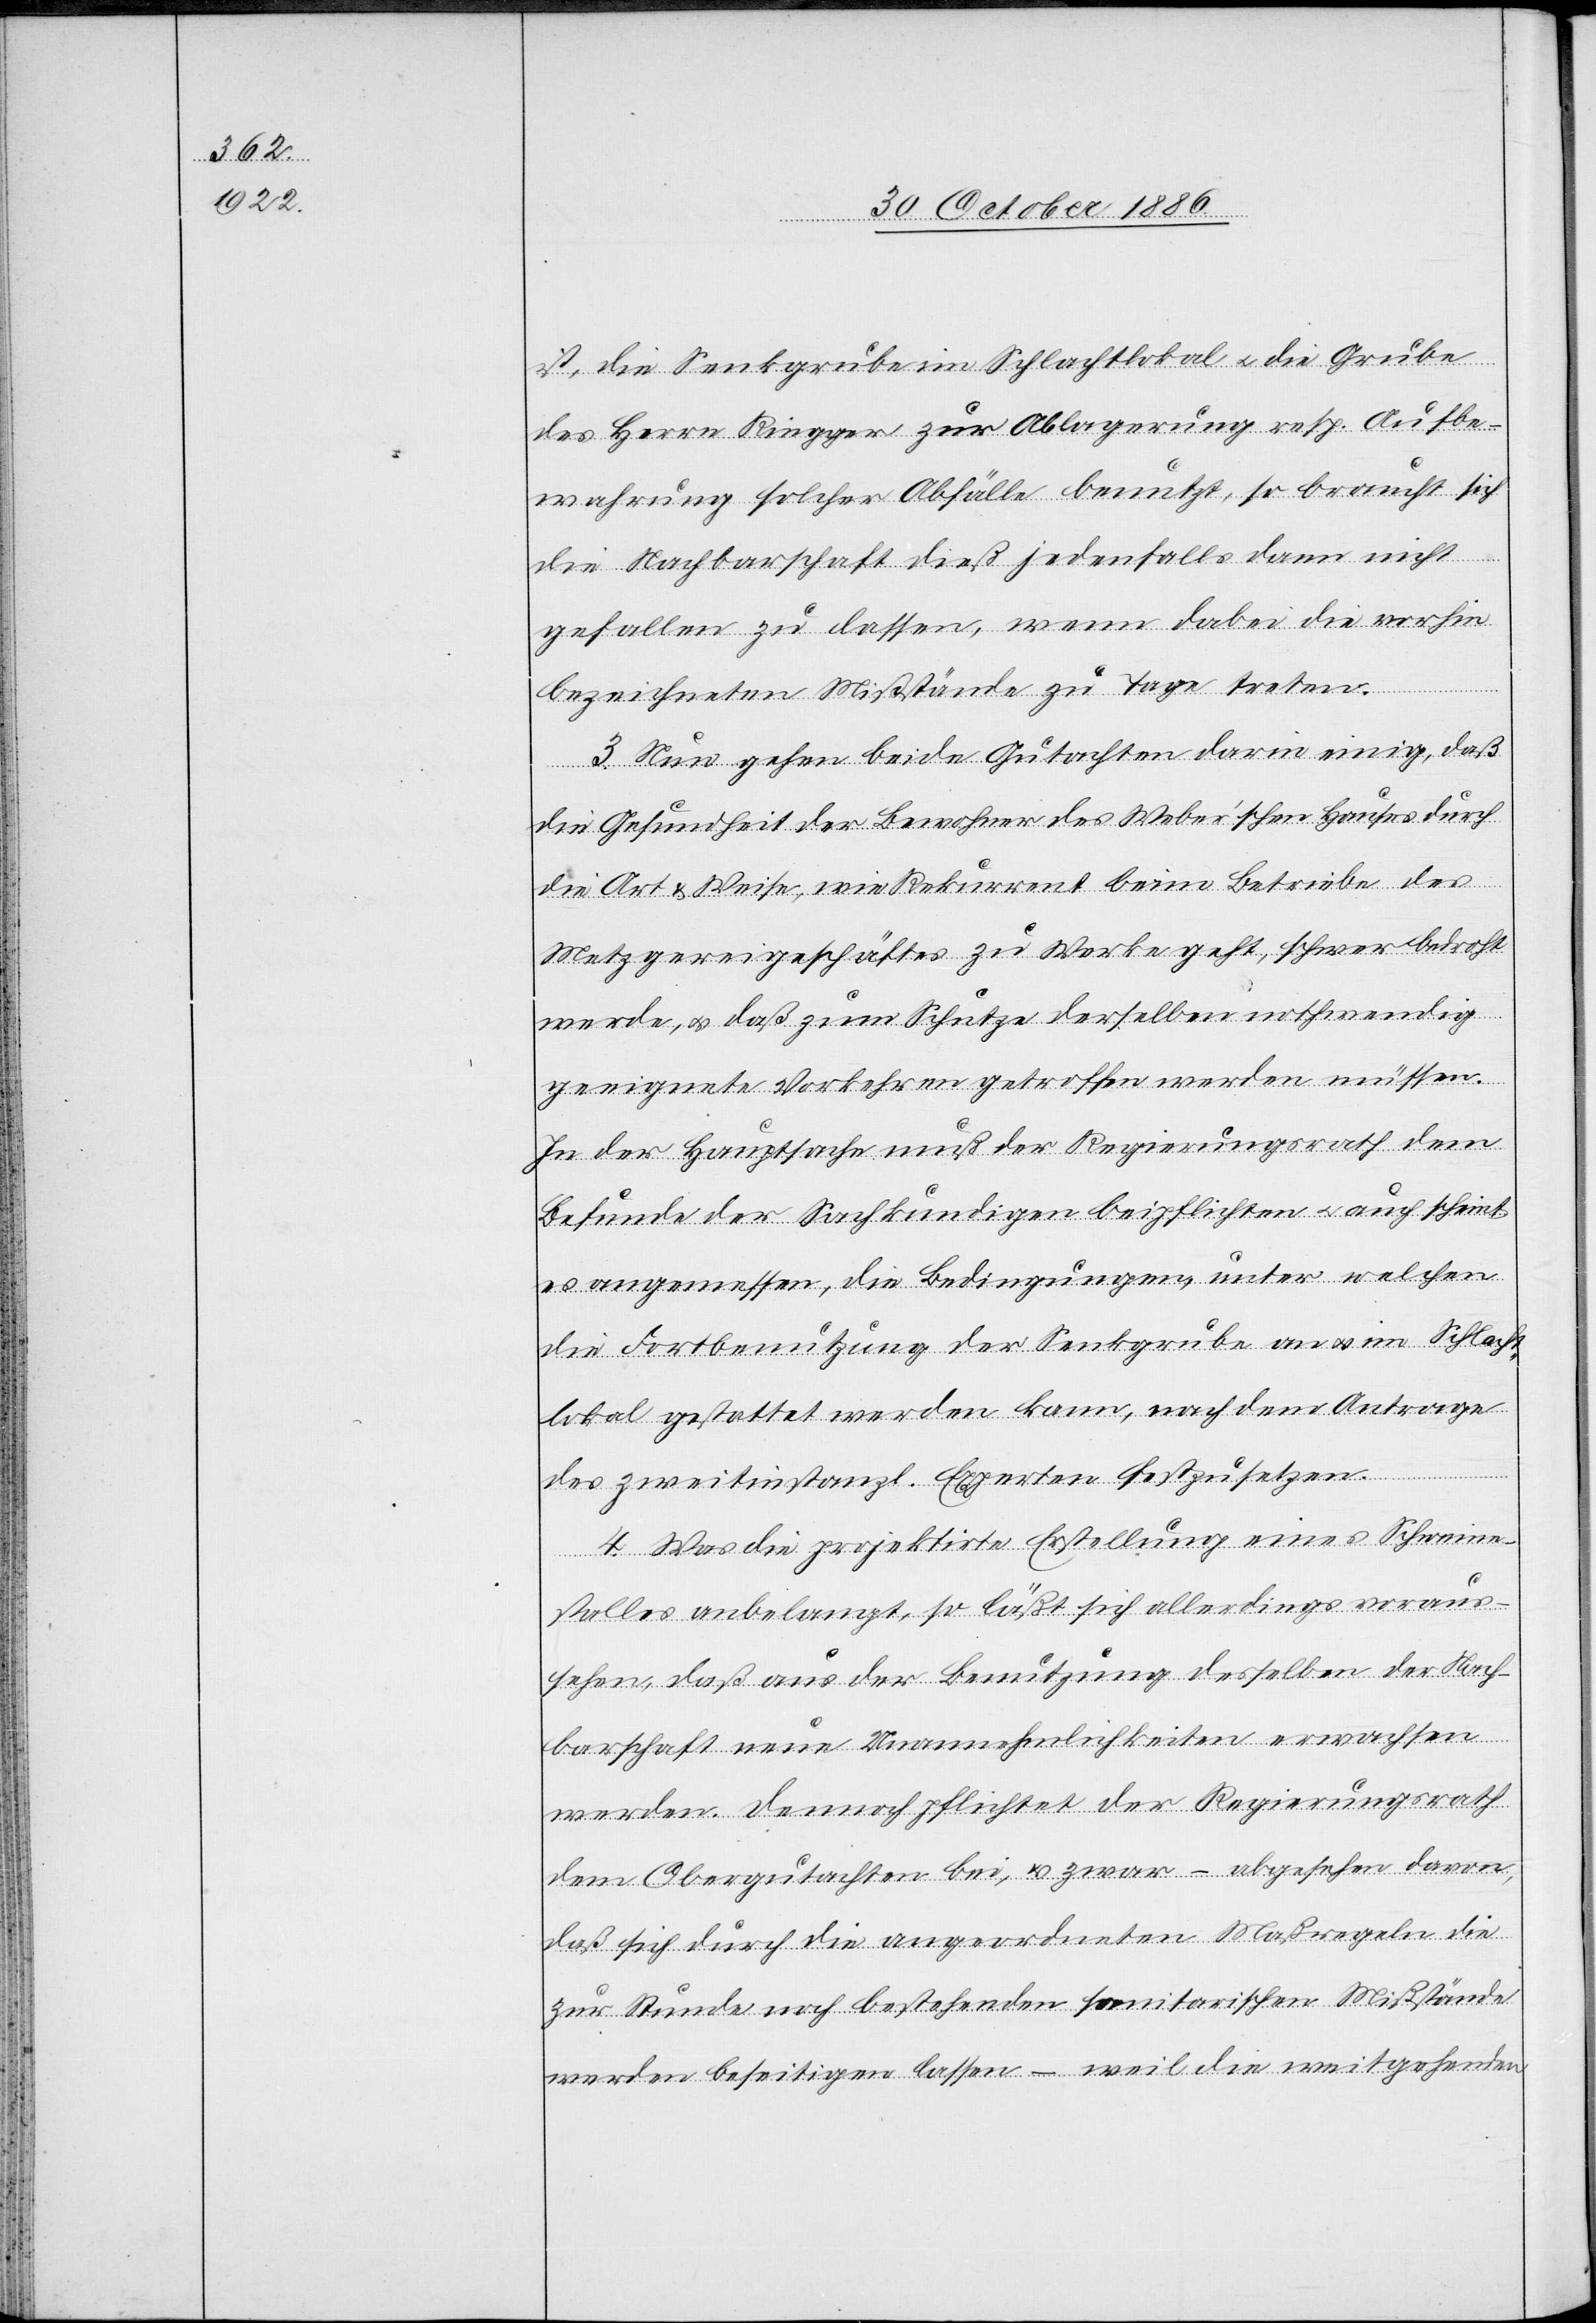
ist, die Senkgrube im Schlachtlokal & die Grube
des Herrn Ringger zur Ablagerung resp. Aufbe¬
wahrung solcher Abfälle benutzt, so braucht sich
die Nachbarschaft dieß jedenfalls dann nicht
gefallen zu lassen, wenn dabei die vorhin
bezeichneten Mißstände zu Tage treten.
3. Nun gehen beide Gutachten darin einig, daß
die Gesundheit der Bewohner des Weber’schen Hauses durch
die Art & Weise, wie Rekurrent beim Betriebe des
Metzgereigeschäftes zu Werke geht, schwer bedroht
werde, & daß zum Schutze derselben nothwendig
geeignete Vorkehren getroffen werden müssen.
In der Hauptsache muß der Regierungsrath dem
Befunde der Sachkundigen beipflichten & auch scheint
es angemessen, die Bedingungen, unter welchen
die Fortbenutzung der Senkgrube an & im Schlacht¬
lokal gestattet werden kann, nach dem Antrage
des zweitinstanzl. Experten festzusetzen.
4. Was die projektirte Erstellung eines Schweine¬
stalles anbelangt, so läßt sich allerdings voraus¬
sehen, daß aus der Benutzung desselben der Nach¬
barschaft neue Unannehmlichkeiten erwachsen
werden. Dennoch pflichtet der Regierungsrath
dem Obergutachten bei, & zwar – abgesehen davon,
daß sich durch die angeordneten Maßregeln die
zur Stunde noch bestehenden sanitarischen Mißstände
werden beseitigen lassen – weil die weitgehenden